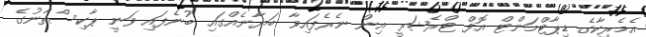
އެމެރިކާގެ ޑިޕާޓްމަންޓް އޮފް ޓްރެޝަރީ އިން ނެރެފައިވާ ބަޔާނެއްގައި ބުނެފައި ވަނީ ޕާކިސްތާނުގެ